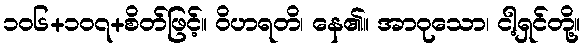
၁၀၆+၁၀၇+စိတ်ဖြင့်။ ဝိဟရတိ၊ နေ၏။ အာဝုသော၊ ငါ့ရှင်တို့။